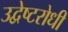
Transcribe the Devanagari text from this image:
उद्वेष्टरोधी